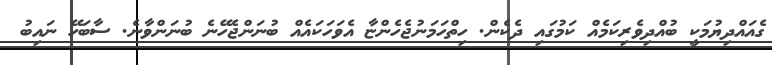
ގެއައްދިޔުމަކީ ބުއްދިވެރިކަމެއް ކަމުގައި ދެކެން. ހިތްހަމަނުޖެހެންޏާ އެވަހަކައެއް ބުނަންޖެހޭނެ ބުނަންވާނެ. ސާބަހޭ ނައިބު